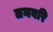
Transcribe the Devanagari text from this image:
तनवरि